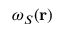
\omega _ { S } ( \bf r )